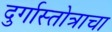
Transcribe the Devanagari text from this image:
दुर्गास्तोत्राचा